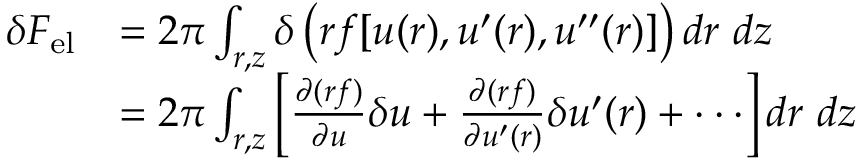
\begin{array} { r l } { \delta { F } _ { \mathrm { { e l } } } } & { = 2 \pi \int _ { r , z } \delta \left( r f [ u ( r ) , u ^ { \prime } ( r ) , u ^ { \prime \prime } ( r ) ] \right) d r \ d z } \\ & { = 2 \pi \int _ { r , z } \left[ \frac { \partial ( r f ) } { \partial u } \delta u + \frac { \partial ( r f ) } { \partial u ^ { \prime } ( r ) } \delta u ^ { \prime } ( r ) + \cdot \cdot \cdot \right] d r \ d z } \end{array}